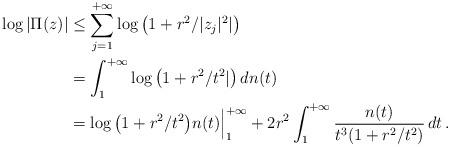
LaTeX: \begin{align*}\log |\Pi(z)| & \le \sum_{j=1}^{+\infty} \log \big( 1+ r^2/|z_j|^2| \big) \\& = \int_1^{+\infty} \log \big( 1+ r^2/t^2| \big)\, dn(t) \\& = \log \big( 1+ r^2/t^2 \big) n(t)\Big|_1^{+\infty} + 2r^2 \int_1^{+\infty} \frac{n(t)}{t^3(1+ r^2/t^2)} \, dt \,.\end{align*}